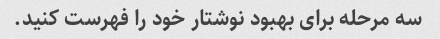
سه مرحله برای بهبود نوشتار خود را فهرست کنید.